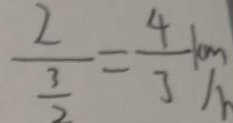
\frac { 2 } { \frac { 3 } { 2 } } = \frac { 4 } { 3 } k m / h